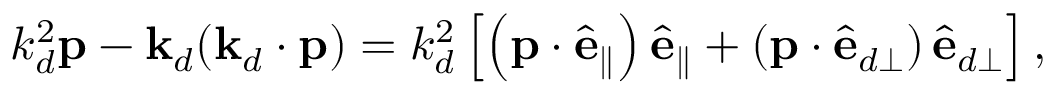
k _ { d } ^ { 2 } \mathbf { p } - \mathbf { k } _ { d } ( \mathbf { k } _ { d } \cdot \mathbf { p } ) = k _ { d } ^ { 2 } \left[ \left( \mathbf { p } \cdot \hat { \mathbf { e } } _ { \parallel } \right) \hat { \mathbf { e } } _ { \parallel } + \left( \mathbf { p } \cdot \hat { \mathbf { e } } _ { d \perp } \right) \hat { \mathbf { e } } _ { d \perp } \right] ,